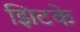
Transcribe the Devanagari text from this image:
झिटके